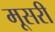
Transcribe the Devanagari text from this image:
मूसरी